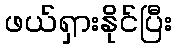
ဖယ်ရှားနိုင်ပြီး